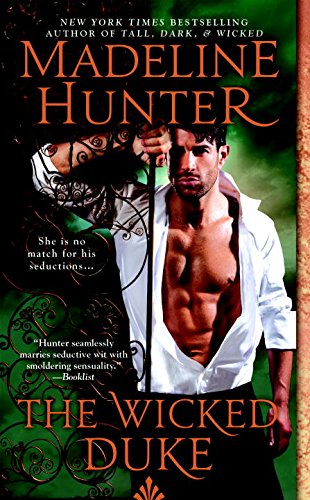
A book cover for The Wicked Duke: Wicked Trilogy; Madeline Hunter; Romance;